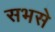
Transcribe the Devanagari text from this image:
सभसे